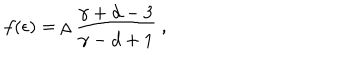
f ( \epsilon ) = \rho ~ { \frac { \gamma + d - 3 } { \gamma - d + 1 } } ~ ,